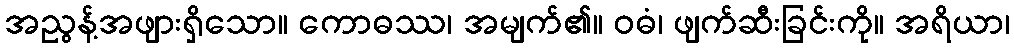
အညွန့်အဖျားရှိသော။ ကောဓဿ၊ အမျက်၏။ ဝဓံ၊ ဖျက်ဆီးခြင်းကို။ အရိယာ၊